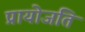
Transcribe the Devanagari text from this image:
प्रायोजति